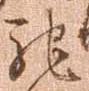
馳